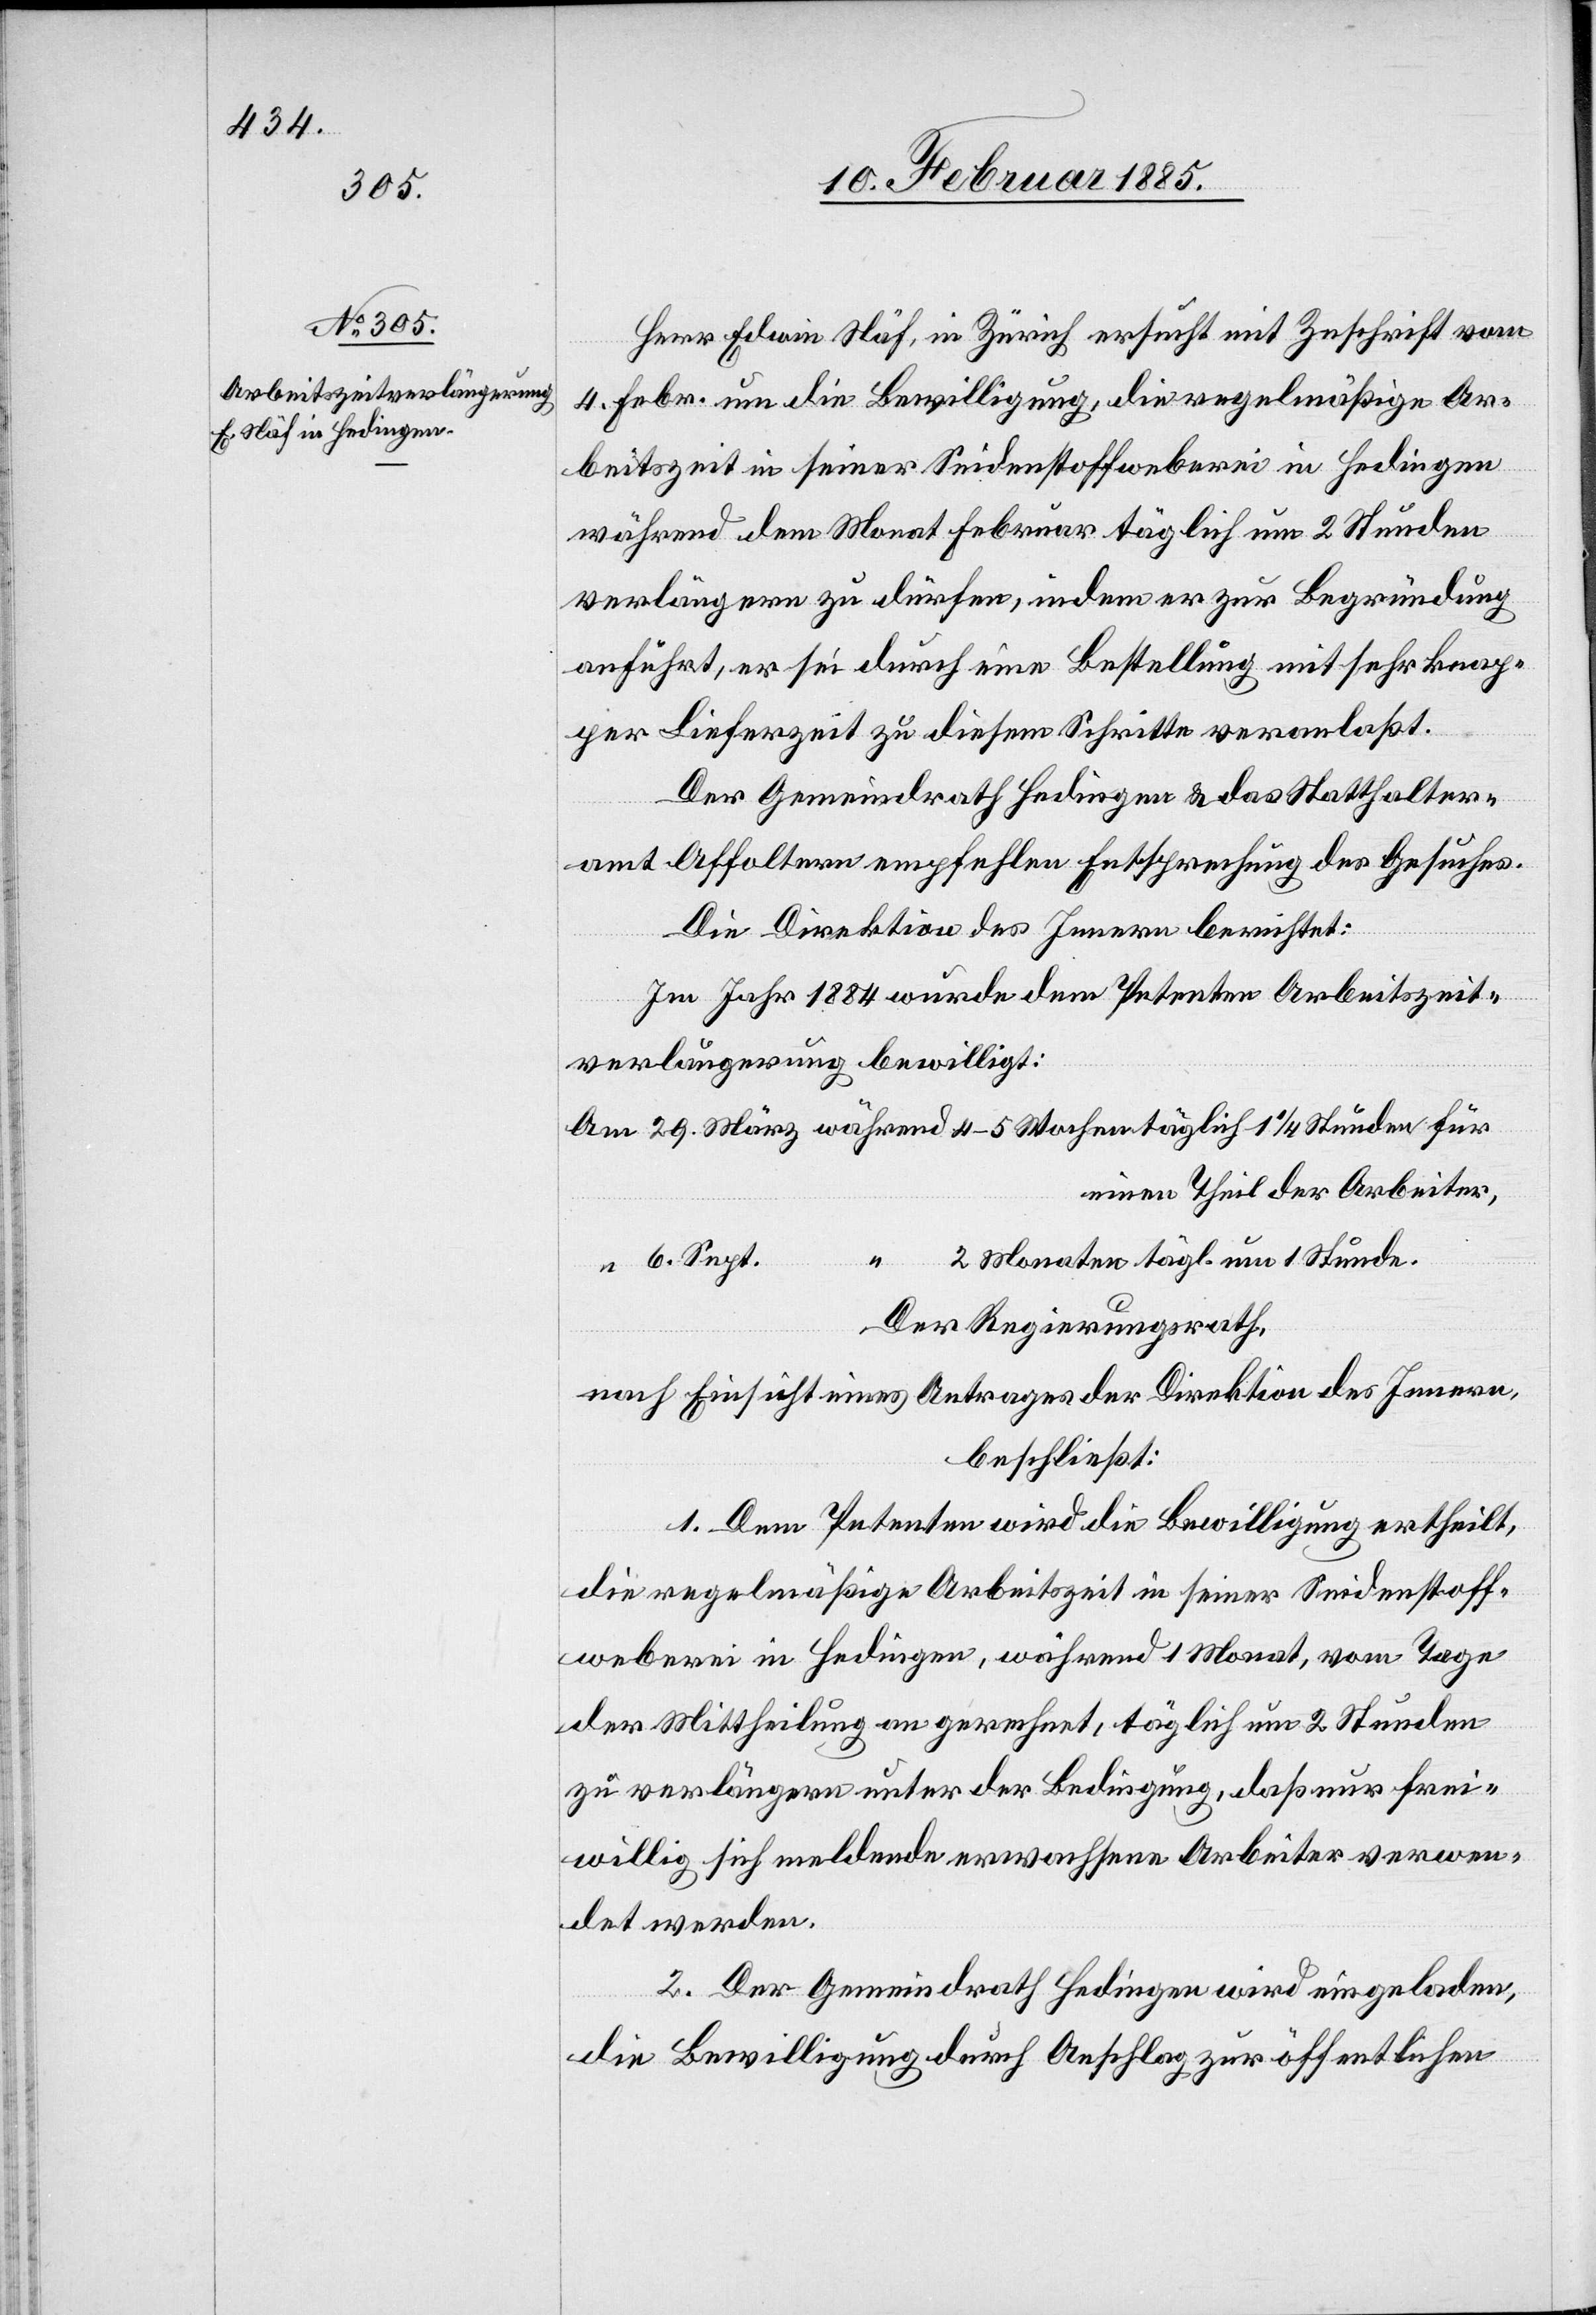
Herr Edwin Näf, in Zürich ersucht mit Zuschrift vom
4. Febr. um die Bewilligung, die regelmäßige Ar¬
beitszeit in seiner Seidenstoffweberei in Hedingen
während dem Monat Februar täglich um 2 Stunden
verlängern zu dürfen, indem er zur Begründung
anführt, er sei durch eine Bestellung mit sehr knap¬
per Lieferzeit zu diesem Schritte veranlaßt.
Der Gemeindrath Hedingen & das Statthalter¬
amt Affoltern empfehlen Entsprechung des Gesuches.
Die Direktion des Innern berichtet:
Im Jahr 1884 wurde dem Petenten Arbeitszeit¬
verlängerung bewilligt:
Am 29. März während 4–5 Wochen täglich 1 1/4 Stunden für
einen Theil der Arbeiter,
“ 2 Monaten tägl. um 1 Stunde.
“ 6. Sept.
Der Regierungsrath,
nach Einsicht eines Antrages der Direktion des Innern,
beschließt:
1. Dem Petenten wird die Bewilligung ertheilt,
die regelmäßige Arbeitszeit in seiner Seidenstoff¬
weberei in Hedingen, während 1 Monat, vom Tage
der Mittheilung an gerechnet, täglich um 2 Stunden
zu verlängern unter der Bedingung, daß nur frei¬
willig sich meldende erwachsene Arbeiter verwen¬
det werden.
2. Der Gemeindrath Hedingen wird eingeladen,
die Bewilligung durch Anschlag zur öffentlichen